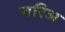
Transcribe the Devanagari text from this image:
चरिअ